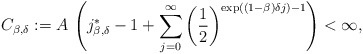
\begin{align*}C_{\beta,\delta}:=A\,\left(j^*_{\beta,\delta}-1+\sum_{j=0}^\infty\left(\frac{1}{2}\right)^{\exp((1-\beta) \delta j)-1}\right)<\infty,\end{align*}